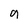
Character: 9